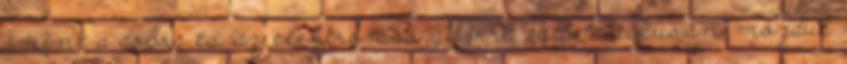
amint a dobra és az elektromos gitárra automatikusan mozdul